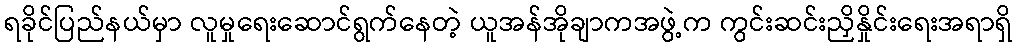
ရခိုင်ပြည်နယ်မှာ လူမှုရေးဆောင်ရွက်နေတဲ့ ယူအန်အိုချာကအဖွဲ့က ကွင်းဆင်းညှိနှိုင်းရေးအရာရှိ